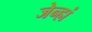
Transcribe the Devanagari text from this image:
जेन्हां